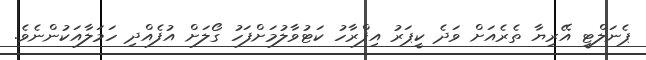
ޕެނަލްޓީ އޭރިޔާ ތެރެއަށް ވަދެ ކީޕަރު އިފްރާހު ކަޓުވާލުމަށްފަހު ގޯލަށް އުފެއްދި ހަމަލާއަކުންނެވެ.